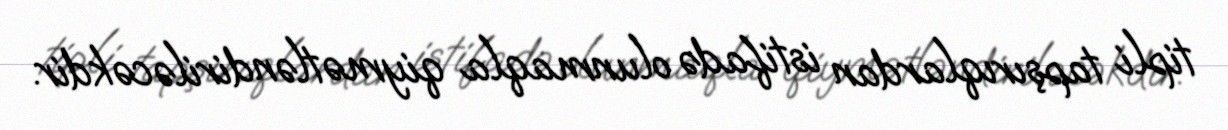
tipli tapşırıqlardan istifadə olunmaqla qiymətləndiriləcəkdir.